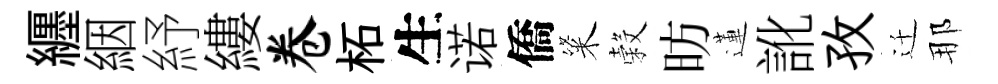
纒絪紓縷卷柘生诺僑粢穀昉蓮訛孜迁那